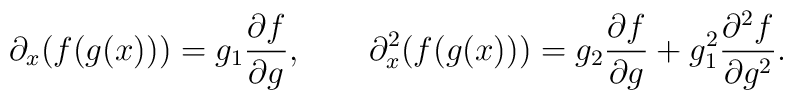
\partial_x (f(g(x)))=g_1 \frac{\partial f}{\partial g}, \qquad  \partial_x^2 (f(g(x)))=g_2 \frac{\partial f}{\partial g}  +g_1^2 \frac{\partial^2 f}{\partial g^2}.